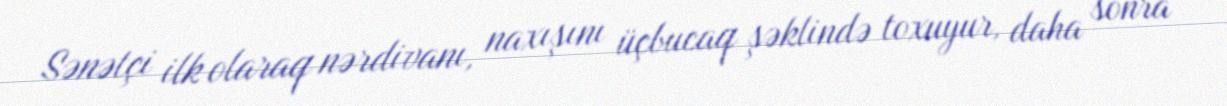
Sənətçi ilk olaraq nərdivanı, naxışını üçbucaq şəklində toxuyur, daha sonra